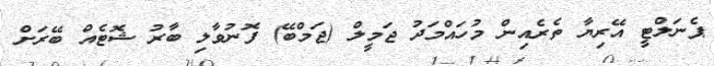
ޕެނަލްޓީ އޭރިޔާ ތެރެއިން މުހައްމަދު ޖަމީލް (ޖަމްބޭ) ފޮނުވާލި ބާރު ޝޮޓެއް ބޭރަށް